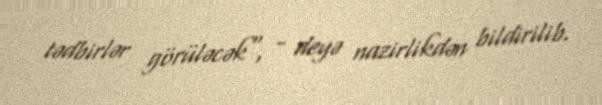
tədbirlər görüləcək", - deyə nazirlikdən bildirilib.